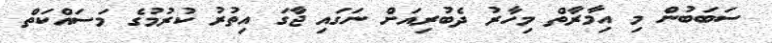
ސަބަބުން މި އިމާރާތް މިހާރު ދެބުރިއަށް ނަގައި ޖާގަ އިތުރު ކުރުމުގެ މަސައްކަތް